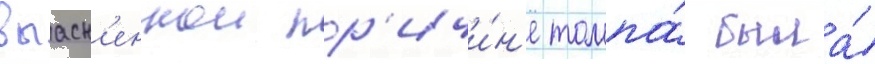
выасн'еннои пр'ичи́н'е толпа́ была́